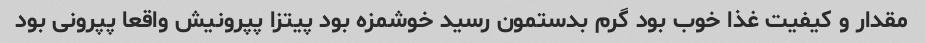
مقدار و کیفیت غذا خوب بود گرم بدستمون رسید خوشمزه بود پیتزا پپرونیش واقعا پپرونی بود